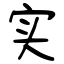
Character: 实